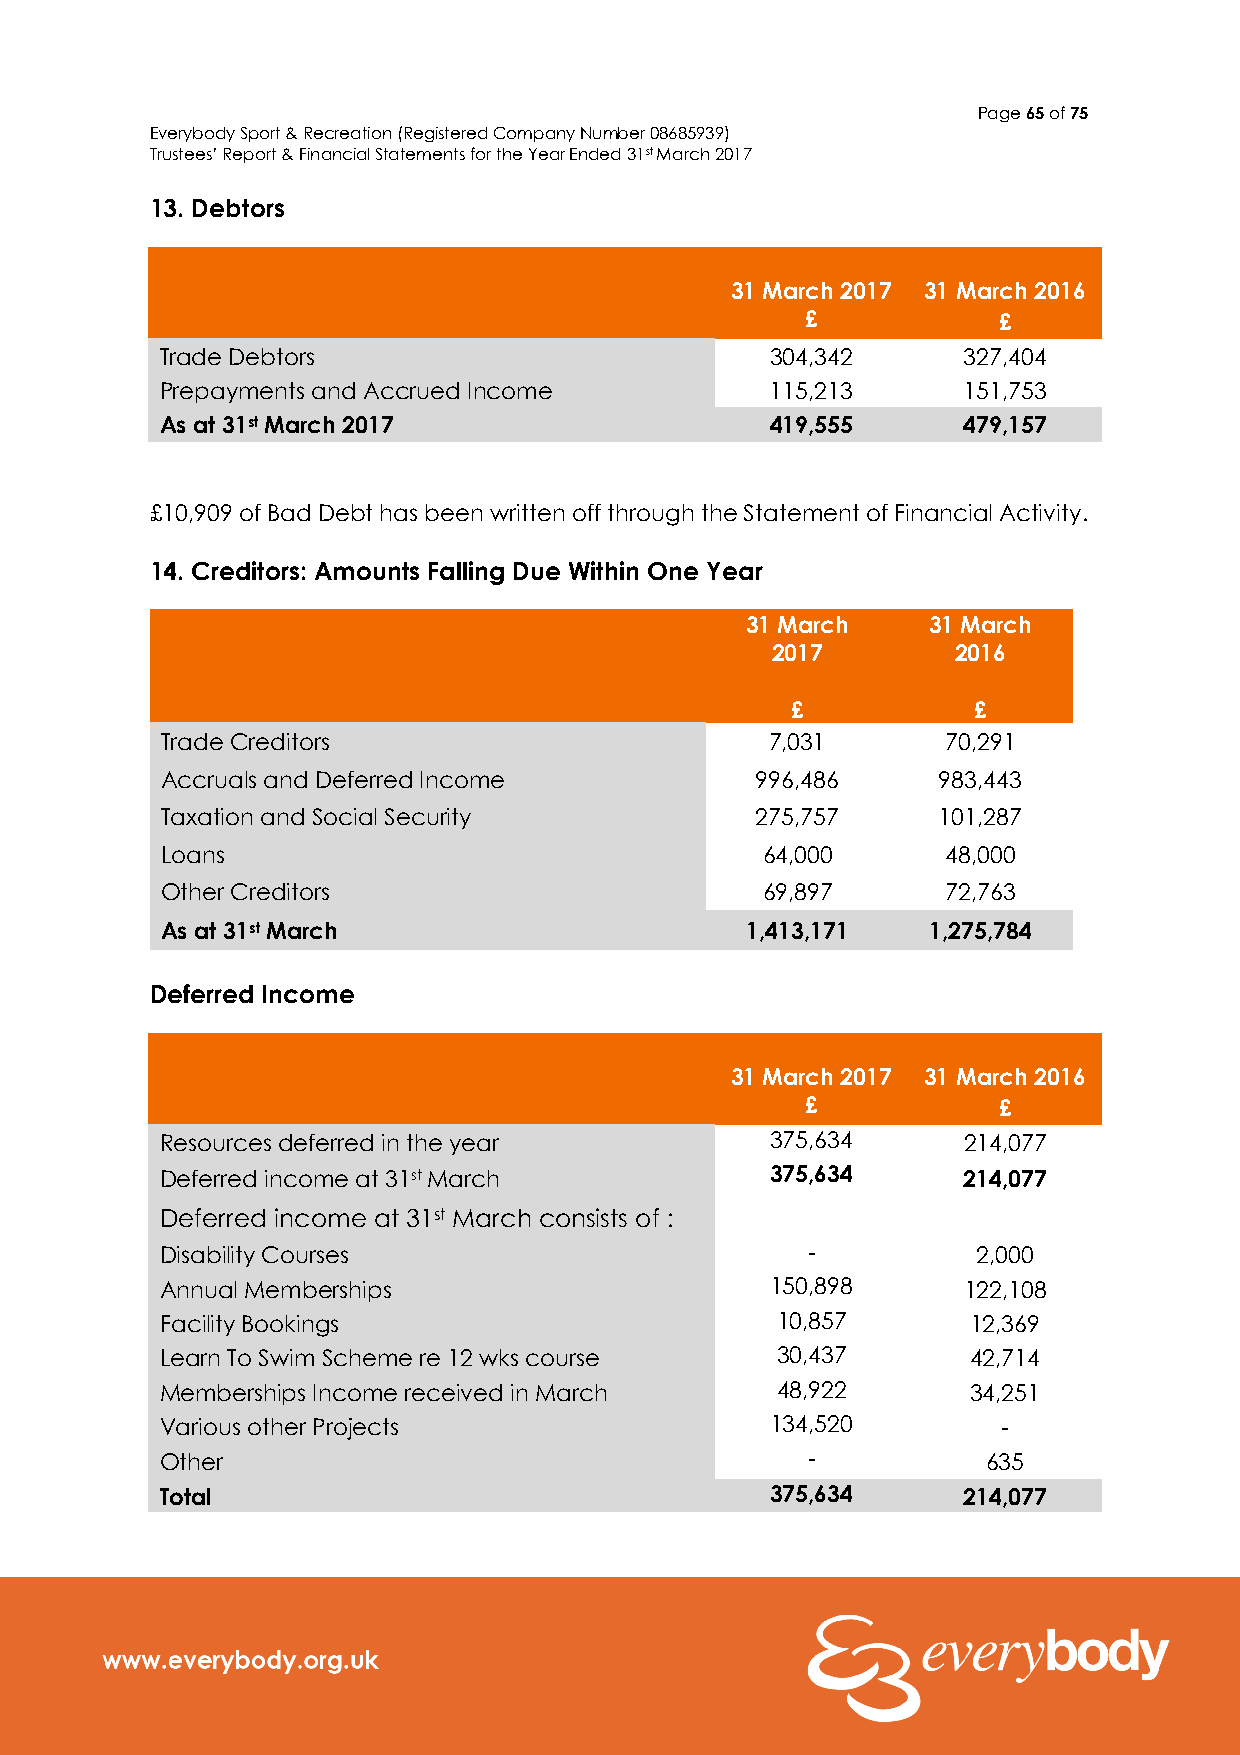
Page 65 of 75
 Everybody Sport & Recreation (Registered Company Number 08685939)
 Trustees’ Report & Financial Statements for the Year Ended 31st March 2017
 13. Debtors
 31 March 2017 31 March 2016
 £            £
 Trade Debtors                           304,342      327,404
 Prepayments and Accrued Income          115,213      151,753
 As at 31st March 2017                   419,555      479,157
 £10,909 of Bad Debt has been written off through the Statement of Financial Activity.
 14. Creditors: Amounts Falling Due Within One Year
 31 March    31 March
 2017        2016
 £           £
 Trade Creditors                         7,031       70,291
 Accruals and Deferred Income           996,486     983,443
 Taxation and Social Security           275,757     101,287
 Loans                                  64,000       48,000
 Other Creditors                        69,897       72,763
 As at 31st March                      1,413,171   1,275,784
 Deferred Income
 31 March 2017 31 March 2016
 £            £
 Resources deferred in the year          375,634      214,077
 Deferred income at 31st March           375,634      214,077
 Deferred income at 31st March consists of :
 Disability Courses                        -           2,000
 Annual Memberships                      150,898      122,108
 Facility Bookings                       10,857       12,369
 Learn To Swim Scheme re 12 wks course   30,437       42,714
 Memberships Income received in March    48,922       34,251
 Various other Projects                  134,520        -
 Other                                     -           635
 Total                                   375,634      214,077